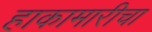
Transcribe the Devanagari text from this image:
हाकामारीचा